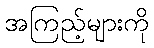
အကြည့်များကို